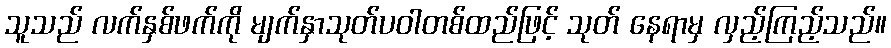
သူသည် လက်နှစ်ဖက်ကို မျက်နှာသုတ်ပဝါတစ်ထည်ဖြင့် သုတ် နေရာမှ လှည့်ကြည့်သည်။